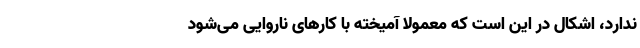
ندارد، اشکال در این است که معمولا آمیخته با کار‌های ناروایی می‌شود